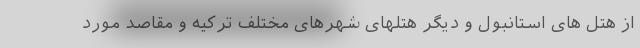
از هتل های استانبول و دیگر هتلهای شهرهای مختلف ترکیه و مقاصد مورد